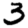
Digit: 3